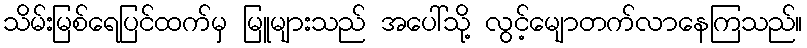
သိမ်းမြစ်ရေပြင်ထက်မှ မြူများသည် အပေါ်သို့ လွင့်မျောတက်လာနေကြသည်။